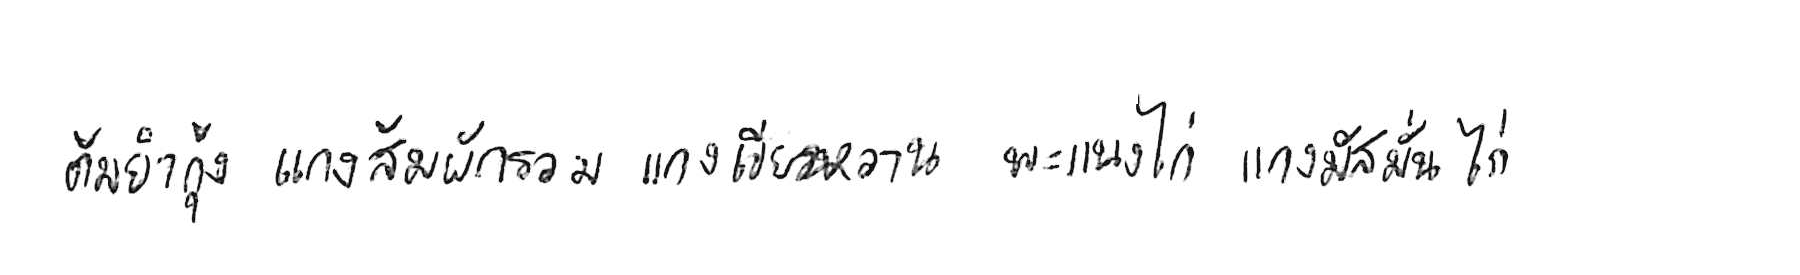
ต้มยำกุ้ง แกงส้มผักรวม แกงเขียวหวาน พะแนงไก่ แกงมัสมั่นไก่